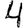
Digit: 4